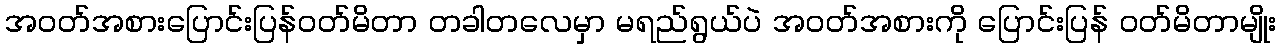
အဝတ်အစားပြောင်းပြန်ဝတ်မိတာ တခါတလေမှာ မရည်ရွယ်ပဲ အဝတ်အစားကို ပြောင်းပြန် ဝတ်မိတာမျိုး